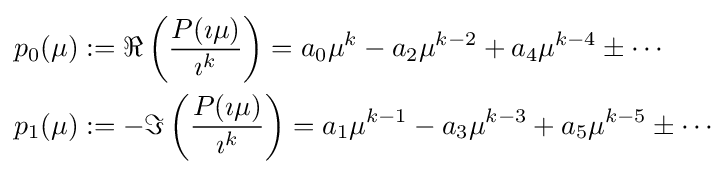
{\begin{aligned}p_{0}(\mu )&:=\Re \left({\frac {P(\imath \mu )}{\imath ^{k}}}\right)=a_{0}\mu ^{k}-a_{2}\mu ^{k-2}+a_{4}\mu ^{k-4}\pm \cdots \\p_{1}(\mu )&:=-\Im \left({\frac {P(\imath \mu )}{\imath ^{k}}}\right)=a_{1}\mu ^{k-1}-a_{3}\mu ^{k-3}+a_{5}\mu ^{k-5}\pm \cdots \end{aligned}}